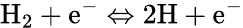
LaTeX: \mathrm{H}_{2}+\mathrm{e}^{-}\Leftrightarrow 2\mathrm{H}+\mathrm{e}^{-}